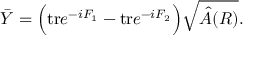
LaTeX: \bar { Y } = \Big ( \mathrm { t r } e ^ { - i F _ { 1 } } - \mathrm { t r } e ^ { - i F _ { 2 } } \Big ) \sqrt { \hat { A } ( R ) } .